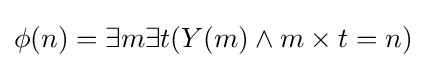
\phi (n)=\exists m\exists t(Y(m)\land m\times t=n)